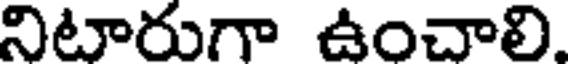
నిటారుగా ఉంచాలి.